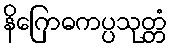
နိဂြောဓကပ္ပသုတ္တံ